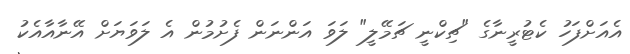
އެއަށްފަހު ކެޓުރީނާގެ "ޗިކްނީ ޗަމޭލީ" ލަވަ އަންނަން ފެށުމުން އެ ލަވަޔަށް އޭނާއާއެކު